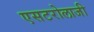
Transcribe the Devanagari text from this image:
एसटरोलाजी